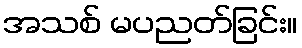
အသစ် မပညတ်ခြင်း။